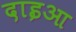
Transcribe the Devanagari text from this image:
दाइआ